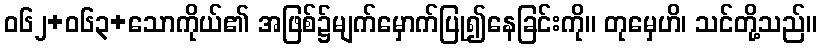
ဝ၆၂+၀၆၃+သောကိုယ်၏ အဖြစ်၌မျက်မှောက်ပြု၍နေခြင်းကို။ တုမှေဟိ၊ သင်တို့သည်။